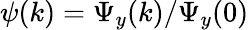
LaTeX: \psi(k)=\Psi_{y}(k)/\Psi_{y}(0)